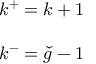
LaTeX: \begin{array} { l } { { k ^ { + } = k + 1 } } \\ { { \ } } \\ { { k ^ { - } = \check { g } - 1 } } \end{array}